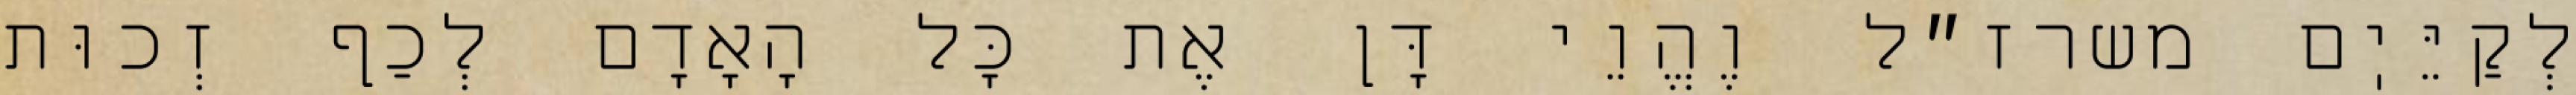
לְקַיֵּיֽם משרז״ל וֶהֱוֵי דָּן אֶת כׇּל הָאָדָם לְכַף זְכוּת